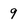
Character: 9